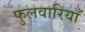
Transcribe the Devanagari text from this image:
फुलवारियाँ